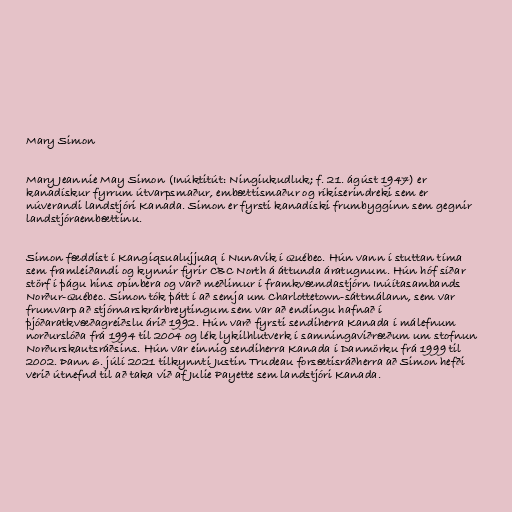
Mary Simon

Mary Jeannie May Simon (Inúktitút: Ningiukudluk; f. 21. ágúst 1947) er
kanadískur fyrrum útvarpsmaður, embættismaður og ríkiserindreki sem er
núverandi landstjóri Kanada. Simon er fyrsti kanadíski frumbygginn sem gegnir
landstjóraembættinu.

Simon fæddist í Kangiqsualujjuaq í Nunavik í Québec. Hún vann í stuttan tíma
sem framleiðandi og kynnir fyrir CBC North á áttunda áratugnum. Hún hóf síðar
störf í þágu hins opinbera og varð meðlimur í framkvæmdastjórn Inúítasambands
Norður-Québec. Simon tók þátt í að semja um Charlottetown-sáttmálann, sem var
frumvarp að stjórnarskrárbreytingum sem var að endingu hafnað í
þjóðaratkvæðagreiðslu árið 1992. Hún varð fyrsti sendiherra Kanada í málefnum
norðurslóða frá 1994 til 2004 og lék lykilhlutverk í samningaviðræðum um stofnun
Norðurskautsráðsins. Hún var einnig sendiherra Kanada í Danmörku frá 1999 til
2002. Þann 6. júlí 2021 tilkynnti Justin Trudeau forsætisráðherra að Simon hefði
verið útnefnd til að taka við af Julie Payette sem landstjóri Kanada.